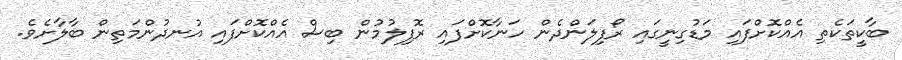
ބާކީތަކެތި އެއްކޮށްފައި މަޑުގިނީގައި ރޯފިލަންދެން ހަނާކޮށްފައި ރޮފިލުމުން ބިސް އެއްކޮށްފައި އުނދުންމަތިން ބާލާށެވެ.